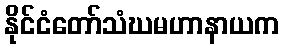
နိုင်ငံတော်သံဃမဟာနာယက